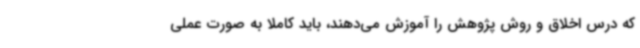
که درس اخلاق و روش پژوهش را آموزش می‌دهند، باید کاملا به صورت عملی